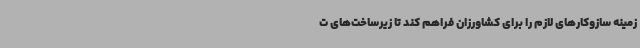
زمینه سازوکارهای لازم را برای کشاورزان فراهم کند تا زیرساخت‌های ت